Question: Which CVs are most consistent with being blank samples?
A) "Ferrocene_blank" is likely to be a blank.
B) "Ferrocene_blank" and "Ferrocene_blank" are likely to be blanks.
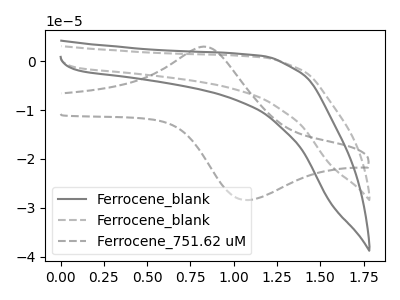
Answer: <think>The gray curve "Ferrocene_blank" has no peaks. The gray dashed curve "Ferrocene_blank" has no peaks. The gray dashed curve "Ferrocene_751.62 uM" has an anodic peak at (0.85V, 2.85uA) and a cathodic peak at (1.05V, -28.40uA).</think>
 <answer>B) "Ferrocene_blank" and "Ferrocene_blank" are likely to be blanks.</answer>
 <eval>B</eval>